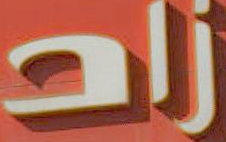
زاد